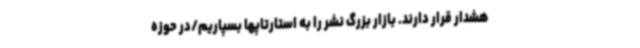
هشدار قرار دارند. بازار بزرگ نشر را به استارتاپها بسپاریم/در حوزه